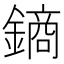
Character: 𨫢